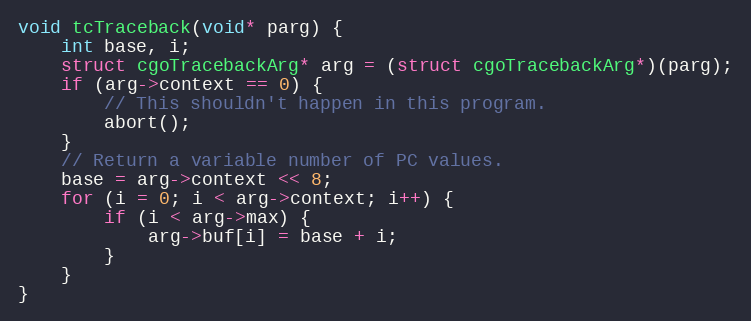
Language: C
void tcTraceback(void* parg) {
	int base, i;
	struct cgoTracebackArg* arg = (struct cgoTracebackArg*)(parg);
	if (arg->context == 0) {
		// This shouldn't happen in this program.
		abort();
	}
	// Return a variable number of PC values.
	base = arg->context << 8;
	for (i = 0; i < arg->context; i++) {
		if (i < arg->max) {
			arg->buf[i] = base + i;
		}
	}
}